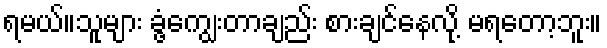
ရမယ်။သူများ ခွံ့ကျွေးတာချည်း စားချင်နေလို့ မရတော့ဘူး။